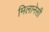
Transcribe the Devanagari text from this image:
मिलानेसी